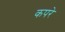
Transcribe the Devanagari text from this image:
कपरे